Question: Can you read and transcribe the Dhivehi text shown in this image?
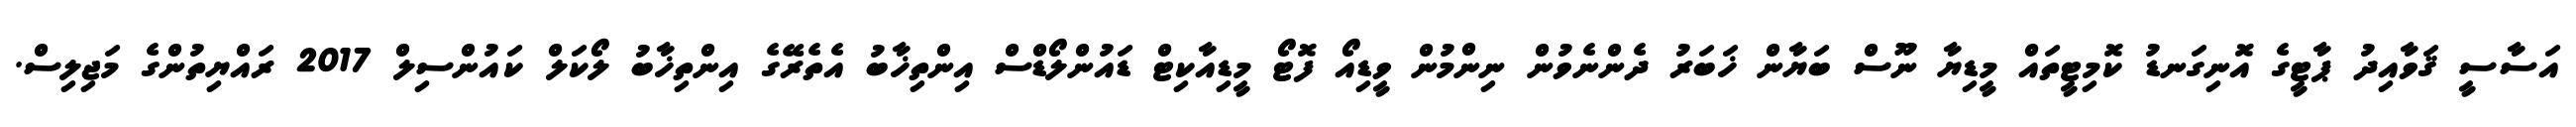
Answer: އަސާސީ ޤަވާއިދު ޕާޓީގެ އޮނިގަނޑު ކޮމިޓީތައް މީޑިޔާ ނޫސް ބަޔާން ޚަބަރު ދެންނެވުން ނިންމުން ވީޑިއޯ ފޮޓޯ މީޑިއާކިޓް ޑައުންލޯޑްސް އިންތިޚާބު އެތެރޭގެ އިންތިޚާބު ލޯކަލް ކައުންސިލް 2017 ރައްޔިތުންގެ މަޖިލިސް.